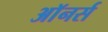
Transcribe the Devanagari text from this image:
अाॅनर्स